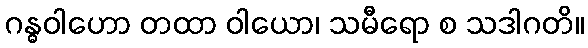
ဂန္ဓဝါဟော တထာ ဝါယော၊ သမီရော စ သဒါဂတိ။